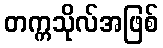
တက္ကသိုလ်အဖြစ်